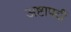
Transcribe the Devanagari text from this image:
अष्टापदीं